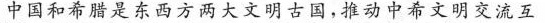
中国和希腊是东西方两大文明古国，推动中希文明交流互